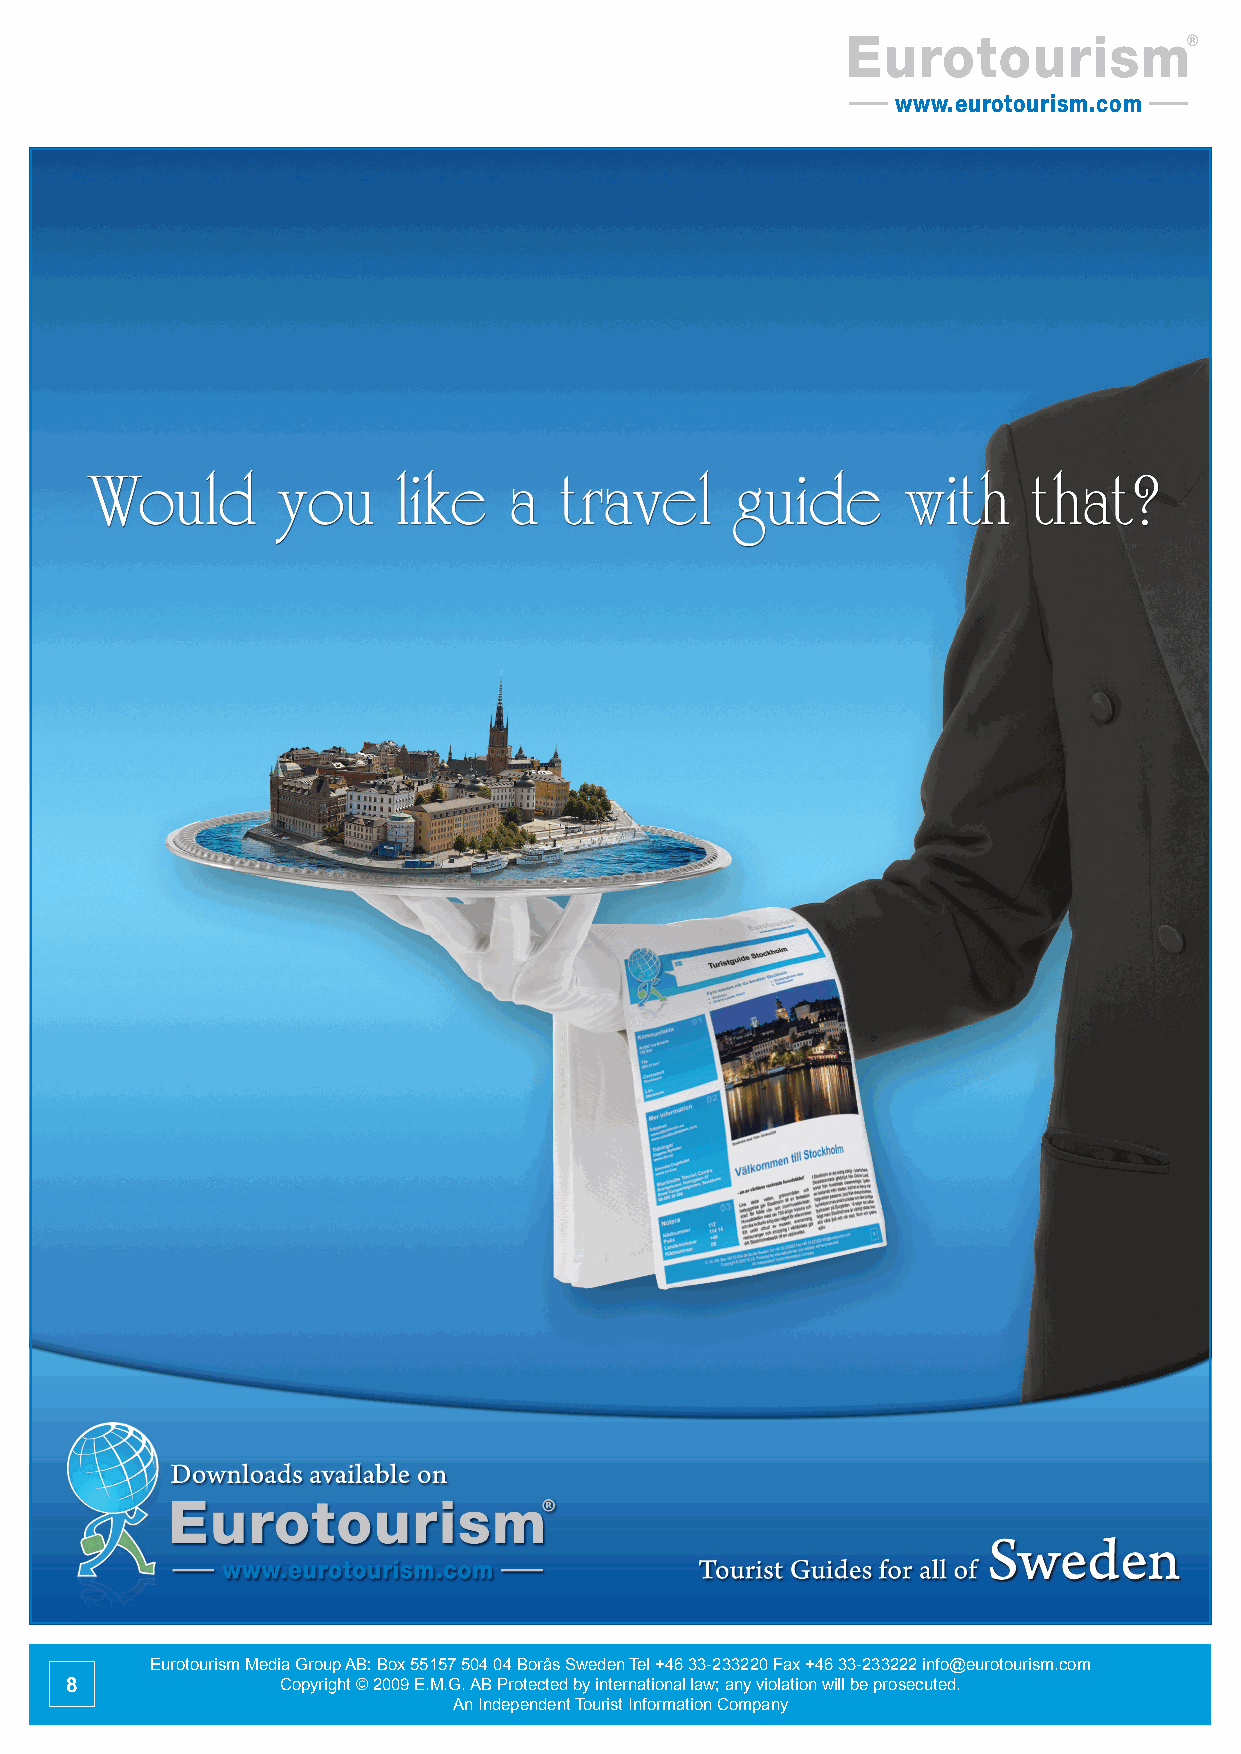
Eurotourism
 www.eurotourism.com
 Eurotourism Media Group AB: Box 55157 504 04 Borås Sweden Tel +46 33-233220 Fax +46 33-233222 info@eurotourism.com
 8              Copyright © 2009 E.M.G. AB Protected by international law; any violation will be prosecuted.
 An Independent Tourist Information Company